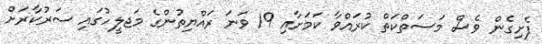
ފެށިގެން ވެސް މަސަތްކަތް ކުރައްވާ ކަމަށާއި 19 ވަނަ ރައްޔިތުންގެ މަޖލީހުގައި ސަރުކާރަށް